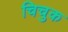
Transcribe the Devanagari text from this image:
चिचुक